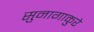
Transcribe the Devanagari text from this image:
सुनागाकुरे